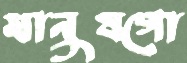
মানুষগো